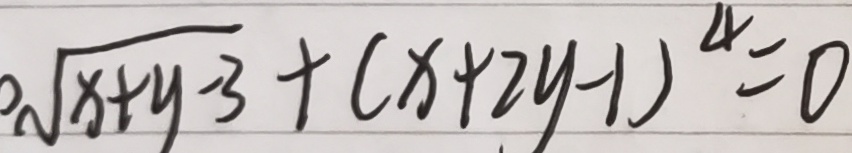
\sqrt { x + y - 3 } + ( x + 2 y - 1 ) ^ { 4 } = 0